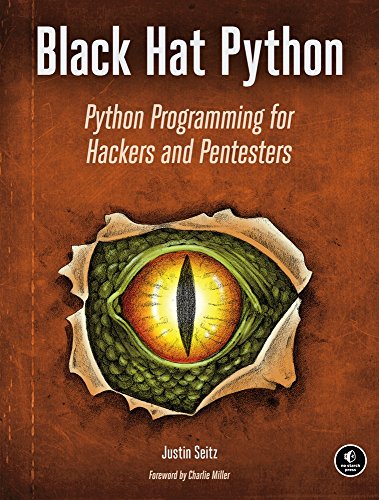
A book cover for Black Hat Python: Python Programming for Hackers and Pentesters; Justin Seitz; Computers & Technology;